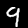
Label: 9